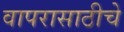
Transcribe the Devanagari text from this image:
वापरासाठीचे